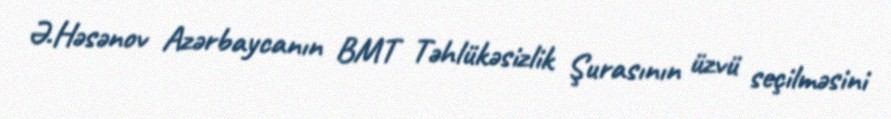
Ə.Həsənov Azərbaycanın BMT Təhlükəsizlik Şurasının üzvü seçilməsini